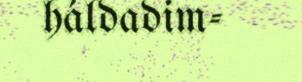
háldadim-